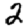
Digit: 2